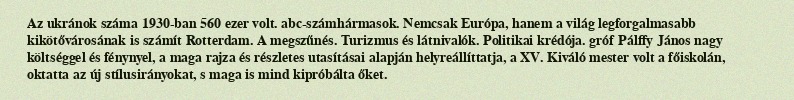
Az ukránok száma 1930-ban 560 ezer volt. abc-számhármasok. Nemcsak Európa, hanem a világ legforgalmasabb kikötővárosának is számít Rotterdam. A megszűnés. Turizmus és látnivalók. Politikai krédója. gróf Pálffy János nagy költséggel és fénynyel, a maga rajza és részletes utasításai alapján helyreállíttatja, a XV. Kiváló mester volt a főiskolán, oktatta az új stílusirányokat, s maga is mind kipróbálta őket.